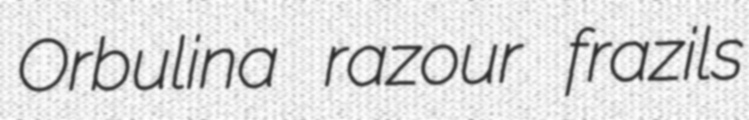
Orbulina razour frazils